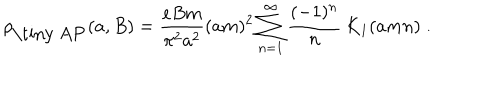
LaTeX: \rho _ { \mathrm { \tiny ~ A P } } ( a , B ) = { \frac { e B m } { \pi ^ { 2 } a ^ { 2 } } } ( a m ) ^ { 2 } \sum _ { n = 1 } ^ { \infty } { \frac { ( - 1 ) ^ { n } } { n } } \, K _ { 1 } ( a m n ) \; .